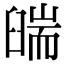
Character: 𦦇